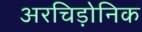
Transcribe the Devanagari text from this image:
अरचिड़ोनिक